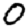
Digit: 0